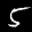
Label: 5